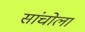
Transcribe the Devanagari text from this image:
सांचोला